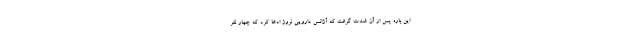
این باره پس از آن شدت گرفت که آژانس دارویی نروژ ادعا کرد که چهار نفر